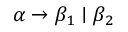
\alpha \rightarrow \beta _ { 1 } \mid \beta _ { 2 }